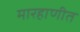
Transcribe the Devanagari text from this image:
मारहाणीत